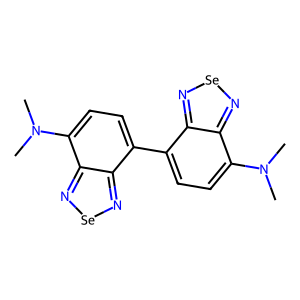
SMILES: CN(C)c1ccc(-c2ccc(N(C)C)c3n[se]nc23)c2n[se]nc12
Inhibits HIV replication: No